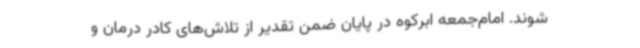
شوند. امام‌جمعه ابرکوه در پایان ضمن تقدیر از تلاش‌های کادر درمان و